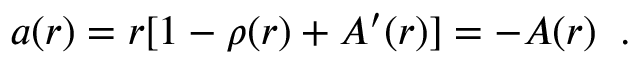
a ( r ) = r [ 1 - \rho ( r ) + A ^ { \prime } ( r ) ] = - A ( r ) \; \; .